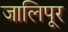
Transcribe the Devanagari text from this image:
जालिपूर